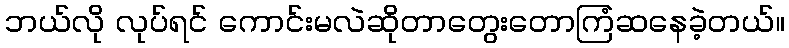
ဘယ်လို လုပ်ရင် ကောင်းမလဲဆိုတာတွေးတောကြံဆနေခဲ့တယ်။